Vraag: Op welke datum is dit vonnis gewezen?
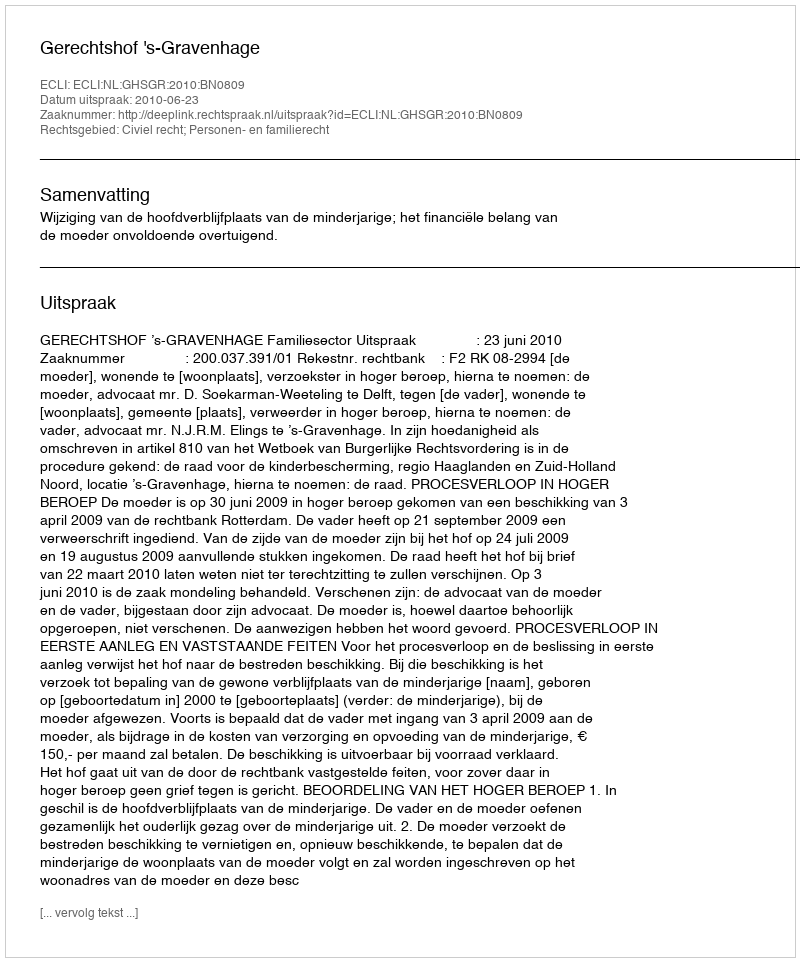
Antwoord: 2010-06-23